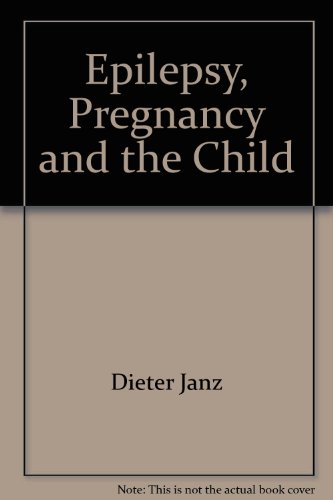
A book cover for Epilepsy, Pregnancy, and the Child.,Proceedings of a Conference Held Sept. 14-16, 1980 West Berlin, Germany.,; Janz Dieter; Health, Fitness & Dieting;